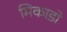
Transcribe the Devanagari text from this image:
मिकाडो